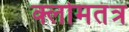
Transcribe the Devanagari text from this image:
क्लोमतंत्र